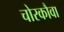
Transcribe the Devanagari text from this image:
चोरकौवा